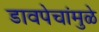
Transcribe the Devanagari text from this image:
डावपेचांमुळे